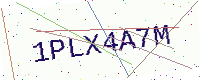
Text: 1PLX4A7M